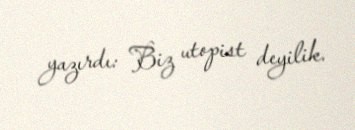
yazırdı: Biz utopist deyilik.